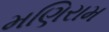
મણિરામ